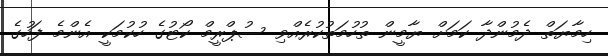
ހިމާޔަތް ދެމުންދާ ކަމަށް ޔާމީން ތުހުމަތުކުރެއްވި ސުޕްރީމް ކޯޓުގެ ހުކުމަކީ އެންމެ ފަހުގެ